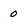
Character: 0